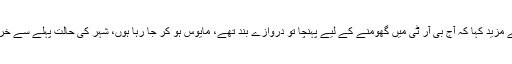
انہوں نے مزید کہا کہ آج بی آر ٹی میں گھومنے کے لیے پہنچا تو دروازے بند تھے، مایوس ہو کر جا رہا ہوں، شہر کی حالت پہلے سے خراب ہے۔